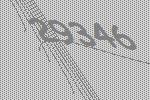
29346